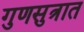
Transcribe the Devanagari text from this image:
गुणसुत्रात